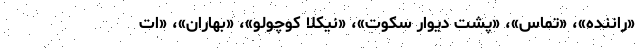
«راننده»، «تماس»، «پشت دیوار سکوت»، «نیکلا کوچولو»، «بهاران»، «ات